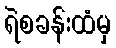
ရဲစခန်းထံမှ